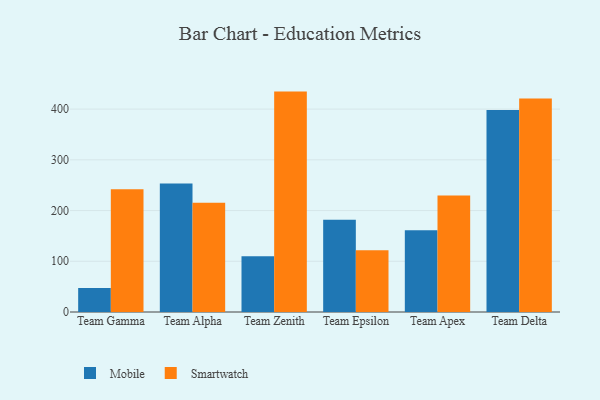
{"axis": {"x": "Team", "y": "Production Output"}, "legend": ["Mobile", "Smartwatch"], "data": [{"x": "Team Gamma", "y": 47.1, "type": "Mobile"}, {"x": "Team Gamma", "y": 242.1, "type": "Smartwatch"}, {"x": "Team Alpha", "y": 253.5, "type": "Mobile"}, {"x": "Team Alpha", "y": 215.3, "type": "Smartwatch"}, {"x": "Team Zenith", "y": 109.9, "type": "Mobile"}, {"x": "Team Zenith", "y": 434.5, "type": "Smartwatch"}, {"x": "Team Epsilon", "y": 182.0, "type": "Mobile"}, {"x": "Team Epsilon", "y": 121.5, "type": "Smartwatch"}, {"x": "Team Apex", "y": 161.2, "type": "Mobile"}, {"x": "Team Apex", "y": 229.6, "type": "Smartwatch"}, {"x": "Team Delta", "y": 398.3, "type": "Mobile"}, {"x": "Team Delta", "y": 421.1, "type": "Smartwatch"}]}